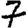
Digit: 7